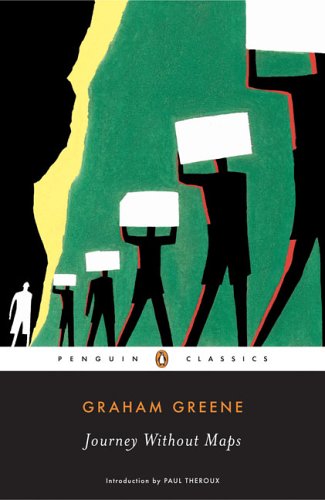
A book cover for Journey Without Maps (Penguin Classics); Graham Greene; Biographies & Memoirs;